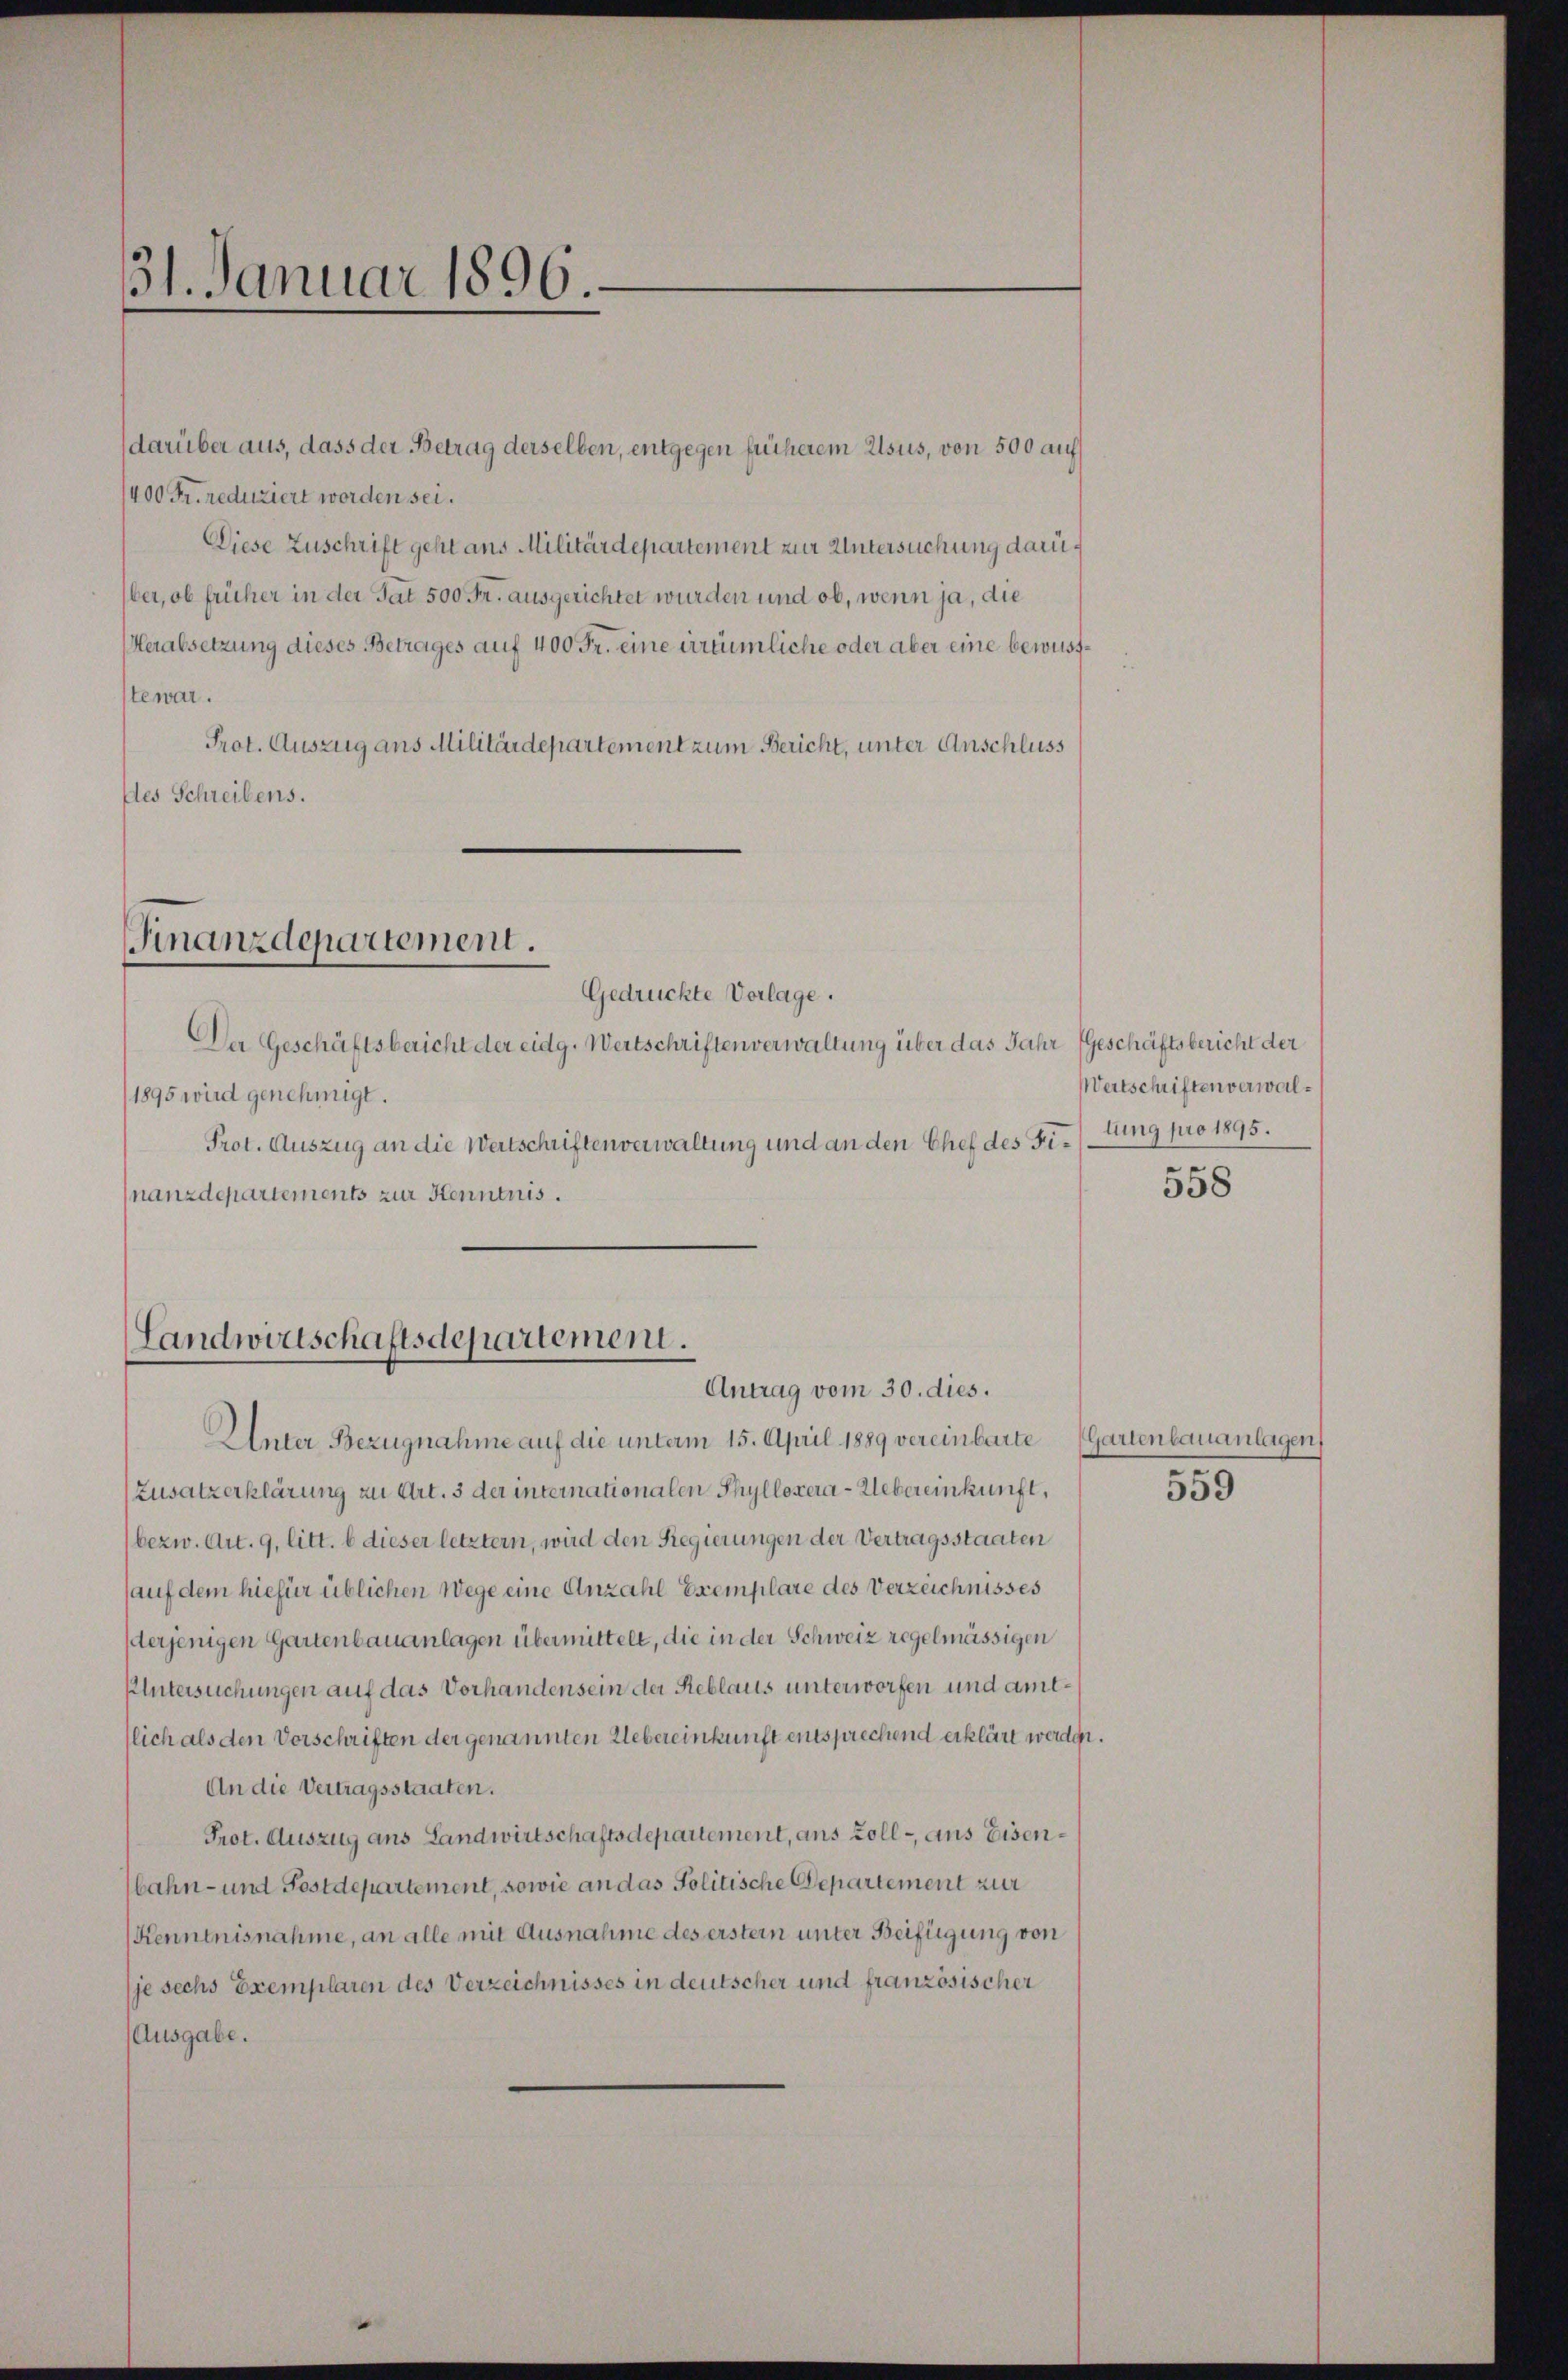
31. Januar 1896.

darüber aus, dass der Betrag derselben, entgegen früherem Usus, von 500 auf
400 Fr. reduziert worden sei.
Diese Zuschrift geht ans Militärdepartement zur Untersuchung darüber, ob früher in der Tat 500 Fr. ausgerichtet wurden und ob, wenn ja, die
Herabsetzung dieses Betrages auf 400 Fr. eine irrtümliche oder aber eine bewusttewar.
Prot. Auszug aus Militärdepartement zum Bericht, unter Anschluss
des Schreibens.

Finanzdepartement.
Gedrückte Vorlage.

Da Geschäftsbericht der eidg. Wertschriften verwaltung über das Jahr (Geschäftsbericht der
1895 wird genehmigt.
Prot. Auszug an die Wertschriften verwaltung und an den Chef des Fer/Ung pro 1895.
nanzdepartements zur Kenntnis.

Landwirtschaftsdepartement.
Antrag vom 30. dies.

Unter Bezugnahme auf die unterm 15. April 1889 vereinbarte Gartenbauanlagen
Zusatzerklärung zu Art. 3 der internationalen Phyllozera-Uebereinkunft,
bezw. Art. 9, litt. b dieser letztern, wird den Regierungen der Vertragsstaaten
(auf dem hiefür üblichen Wege eine Anzahl Exemplare des Verzeichnisses
erjenigen Gartenbauanlagen übermittelt, die in der Schweiz regelmässigen
Untersuchungen auf das Vorhandensein der Reblaus unterworfen und amtlich als den Vorschriften der genannten Uebereinkunft entsprechend erklärt werden.
An die Vertragsstaaten.
Prot. Auszug aus Landwirtschaftsdepartement, aus soll - aus Eisenbahn- und Postdepartement, sowie an das Politische Departement zur
Kenntnisnahme, an alle mit Ausnahme des erster unter Beifügung von
je sechs Exemplaren des Verzeichnisses in deutscher und französischer
(Ausgabe.

Wertschriften verwal¬

558

559